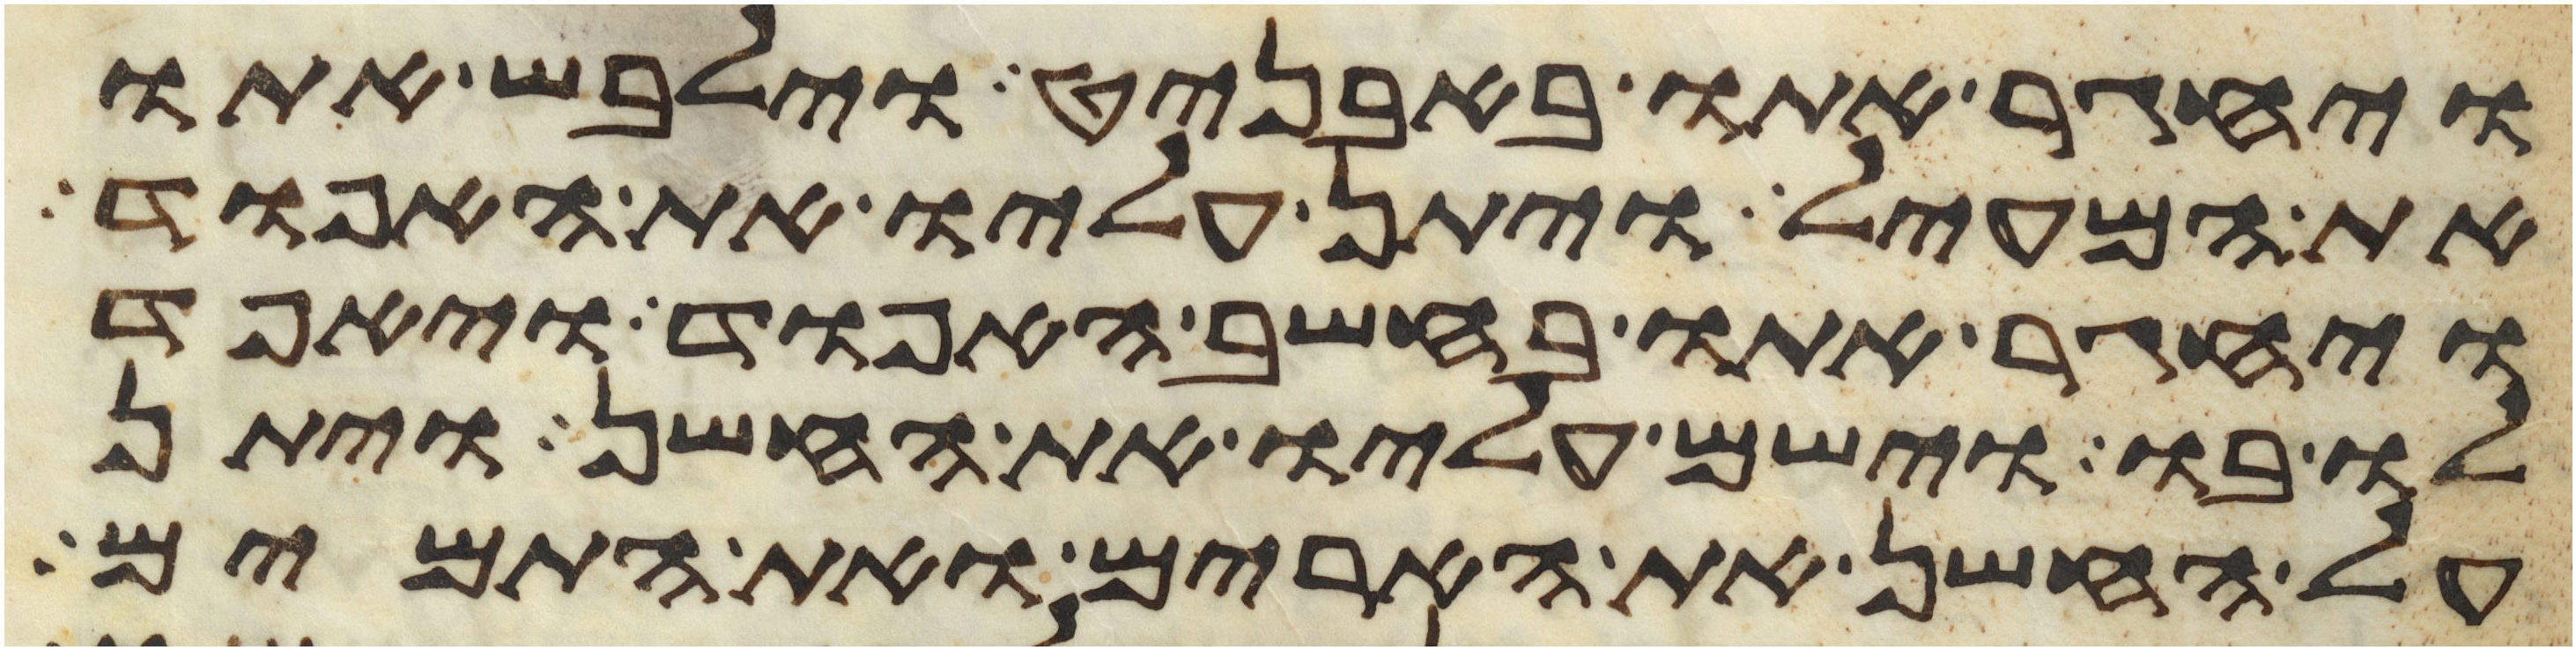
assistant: ויחגר אתו באבניט וילבש אתו
את המעיל ויתן עליו את האפוד
ויחגר אתו בחשב האפוד ויאפד
לו בו וישם עליו את החשן ויתן
על החשן את הארים ואת התמים